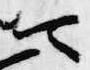
可